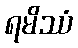
ရမိဿံ